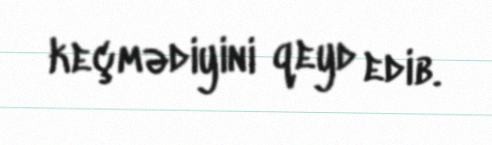
keçmədiyini qeyd edib.